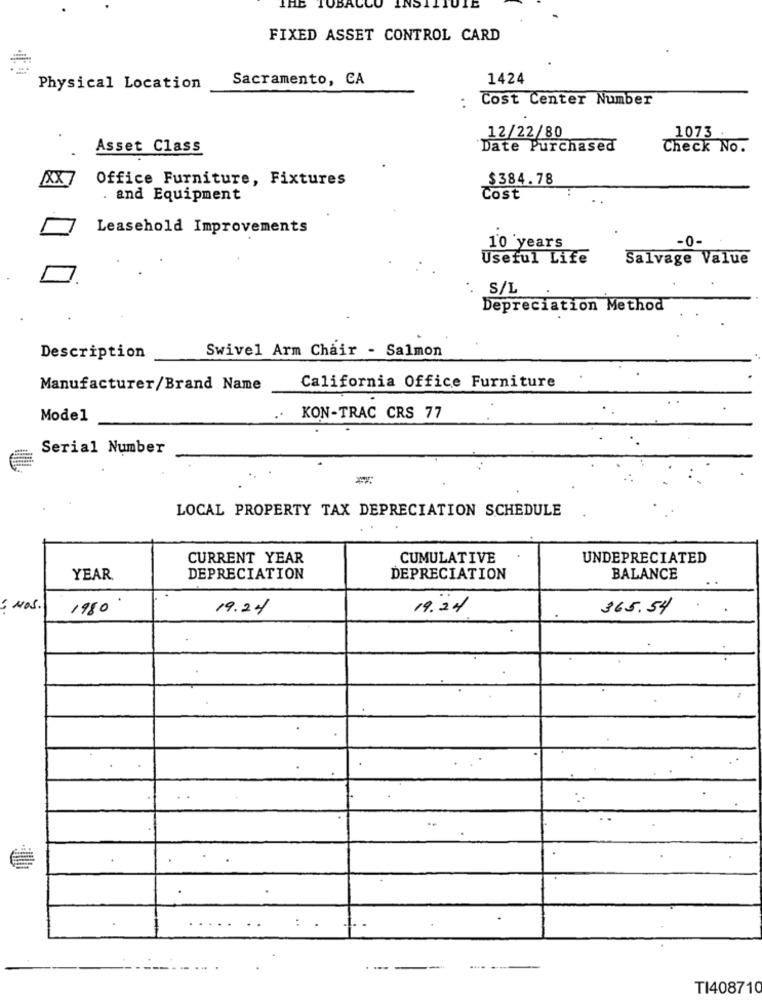
TOBACCO INSI.
FIXED ASSET CONTROL CARD
Sacramento, CA
1424
Physical Location
: Cost Center Number
12/22/80
1073
Asset Class
Date Purchased
Check No.
Office Furniture, Fixtures
$384.78
. and Equipment
Cost
Leasehold Improvements
-0-
10 years
Useful Life
Salvage Value
S/L
Depreciation Method
Description
Swivel Arm Chair - Salmon
Manufacturer/Brand Name
California Office Furniture
Model
.. KON-TRAC CRS 77
Serial Number
LOCAL PROPERTY TAX DEPRECIATION SCHEDULE
CURRENT YEAR
CUMULATIVE
UNDEPRECIATED
YEAR
DEPRECIATION
DEPRECIATION
BALANCE
: NOS.
1980
19.24
19.24
365.54
TI408710